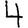
Digit: 4